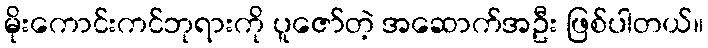
မိုးကောင်းကင်ဘုရားကို ပူဇော်တဲ့ အဆောက်အဦး ဖြစ်ပါတယ်။